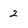
Character: 2